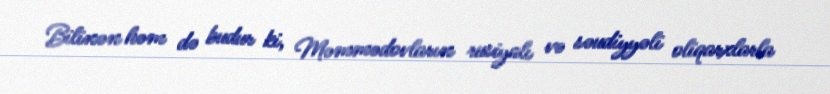
Bilinən həm də budur ki, Məmmədovların rusiyalı və səudiyyəli oliqarxlarla